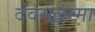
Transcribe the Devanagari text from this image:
देवमल्लम्मा